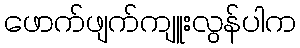
ဖောက်ဖျက်ကျူးလွန်ပါက